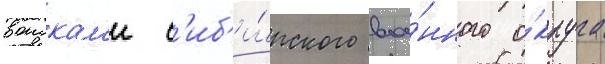
воискам'и с'иб'и́рского вое́нного о́круга